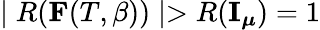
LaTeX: \mid R({\mathbf F}(T,\beta))\mid>R({\mathbf I_{\boldsymbol\mu}})=1